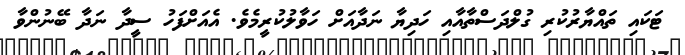
ޓަކައި ތައްޔާރުކުރި ގުލްދަސްތާއާއި ހަދިޔާ ނަދާއަށް ހަވާލުކުރީމެވެ. އެއަށްފަހު ސީދާ ނަދާ ބޭނުންވާ